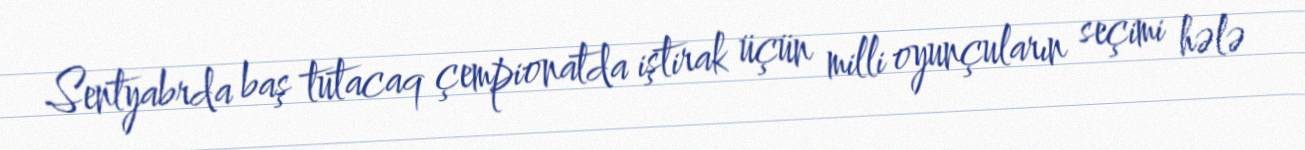
Sentyabrda baş tutacaq çempionatda iştirak üçün milli oyunçuların seçimi hələ